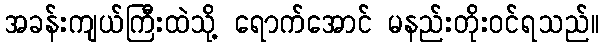
အခန်းကျယ်ကြီးထဲသို့ ရောက်အောင် မနည်းတိုးဝင်ရသည်။